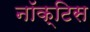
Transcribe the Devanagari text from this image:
नॉक्टिस